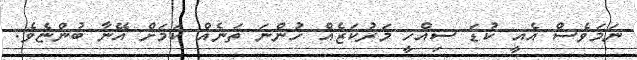
ނަމަވެސް އެއީ ކުޑަ ސިއްހީ މަރުކަޒެއް ހުންނަ ތަނެއް ކަމަށް އޭނާ ބުންޏެވެ.